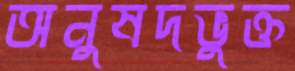
অনুষদভুক্ত